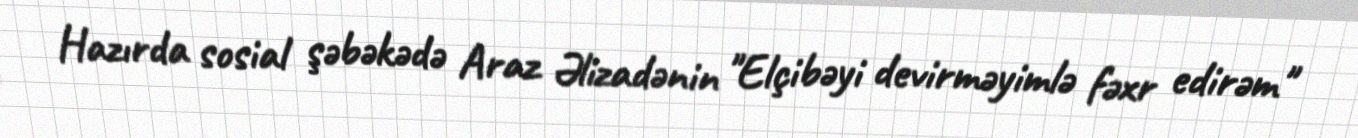
Hazırda sosial şəbəkədə Araz Əlizadənin "Elçibəyi devirməyimlə fəxr edirəm"